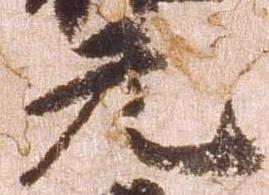
元